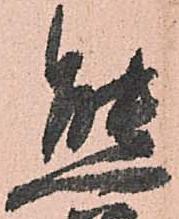
熊